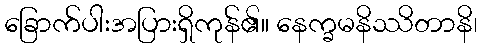
ခြောက်ပါးအပြားရှိကုန်၏။ နေက္ခမနိဿိတာနိ၊